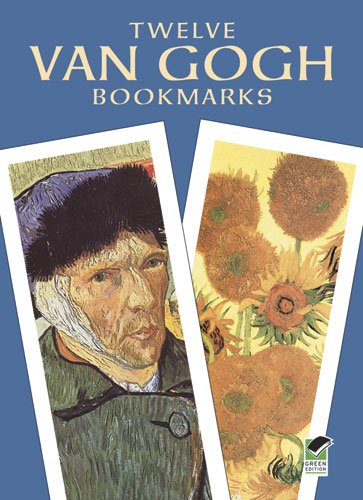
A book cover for Twelve Van Gogh Bookmarks (Dover Bookmarks); Vincent Van Gogh; Arts & Photography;